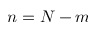
n = N - m